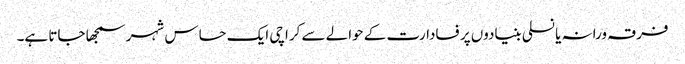
فرقہ ورانہ یا نسلی بنیادوں پر فسادارت کے حوالے سے کراچی ایک حساس شہر سمجھا جاتا ہے۔